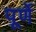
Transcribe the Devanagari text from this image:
पूर्णे